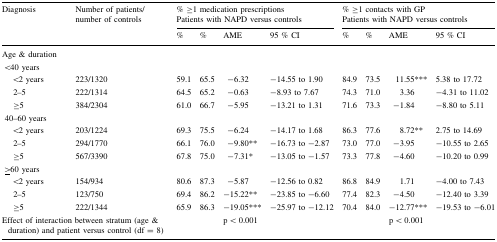
<table><thead><tr><td rowspan="2"><b>Diagnosis</b></td><td rowspan="2"><b>Number of patients/number of controls</b></td><td colspan="4"><b>% ≥1 medication prescriptionsPatients with NAPD versus controls</b></td><td colspan="4"><b>% ≥1 contacts with GPPatients with NAPD versus controls</b></td></tr><tr><td><b>%</b></td><td><b>%</b></td><td><b>AME</b></td><td><b>95 % CI</b></td><td><b>%</b></td><td><b>%</b></td><td><b>AME</b></td><td><b>95 % CI</b></td></tr></thead><tbody><tr><td colspan="10">Age &amp; duration</td></tr><tr><td colspan="10"> &lt;40 years</td></tr><tr><td>&lt;2 years</td><td>223/1320</td><td>59.1</td><td>65.5</td><td>−6.32</td><td>−14.55 to 1.90</td><td>84.9</td><td>73.5</td><td>11.55***</td><td>5.38 to 17.72</td></tr><tr><td>2–5</td><td>222/1314</td><td>64.5</td><td>65.2</td><td>−0.63</td><td>−8.93 to 7.67</td><td>74.3</td><td>71.0</td><td>3.36</td><td>−4.31 to 11.02</td></tr><tr><td>≥5</td><td>384/2304</td><td>61.0</td><td>66.7</td><td>−5.95</td><td>−13.21 to 1.31</td><td>71.6</td><td>73.3</td><td>−1.84</td><td>−8.80 to 5.11</td></tr><tr><td colspan="10"> 40–60 years</td></tr><tr><td>&lt;2 years</td><td>203/1224</td><td>69.3</td><td>75.5</td><td>−6.24</td><td>−14.17 to 1.68</td><td>86.3</td><td>77.6</td><td>8.72**</td><td>2.75 to 14.69</td></tr><tr><td>2–5</td><td>294/1770</td><td>66.1</td><td>76.0</td><td>−9.80**</td><td>−16.73 to −2.87</td><td>73.0</td><td>77.0</td><td>−3.95</td><td>−10.55 to 2.65</td></tr><tr><td>≥5</td><td>567/3390</td><td>67.8</td><td>75.0</td><td>−7.31*</td><td>−13.05 to −1.57</td><td>73.3</td><td>77.8</td><td>−4.60</td><td>−10.20 to 0.99</td></tr><tr><td colspan="10"> <underline>&gt;</underline>60 years</td></tr><tr><td>&lt;2 years</td><td>154/934</td><td>80.6</td><td>87.3</td><td>−5.87</td><td>−12.56 to 0.82</td><td>86.8</td><td>84.9</td><td>1.71</td><td>−4.00 to 7.43</td></tr><tr><td>2–5</td><td>123/750</td><td>69.4</td><td>86.2</td><td>−15.22**</td><td>−23.85 to −6.60</td><td>77.4</td><td>82.3</td><td>−4.50</td><td>−12.40 to 3.39</td></tr><tr><td>≥5</td><td>222/1344</td><td>65.9</td><td>86.3</td><td>−19.05***</td><td>−25.97 to −12.12</td><td>70.4</td><td>84.0</td><td>−12.77***</td><td>−19.53 to −6.01</td></tr><tr><td colspan="2">Effect of interaction between stratum (age &amp; duration) and patient versus control (df = 8)</td><td></td><td></td><td>p &lt; 0.001</td><td></td><td></td><td></td><td>p &lt; 0.001</td><td></td></tr></tbody></table>